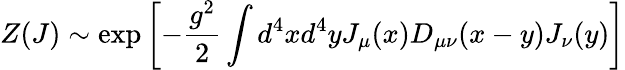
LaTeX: Z(J)\sim\exp\left[-\frac{g^{2}}{2}\int d^{4}xd^{4}yJ_{\mu}(x)D_{\mu\nu}(x-y)J_{\nu}(y)\right]